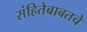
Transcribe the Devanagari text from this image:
संहितेबाबतचे